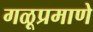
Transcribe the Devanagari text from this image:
गळूप्रमाणे